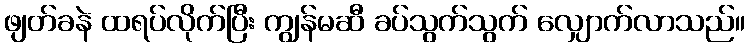
ဖျတ်ခနဲ ထရပ်လိုက်ပြီး ကျွန်မဆီ ခပ်သွက်သွက် လျှောက်လာသည်။